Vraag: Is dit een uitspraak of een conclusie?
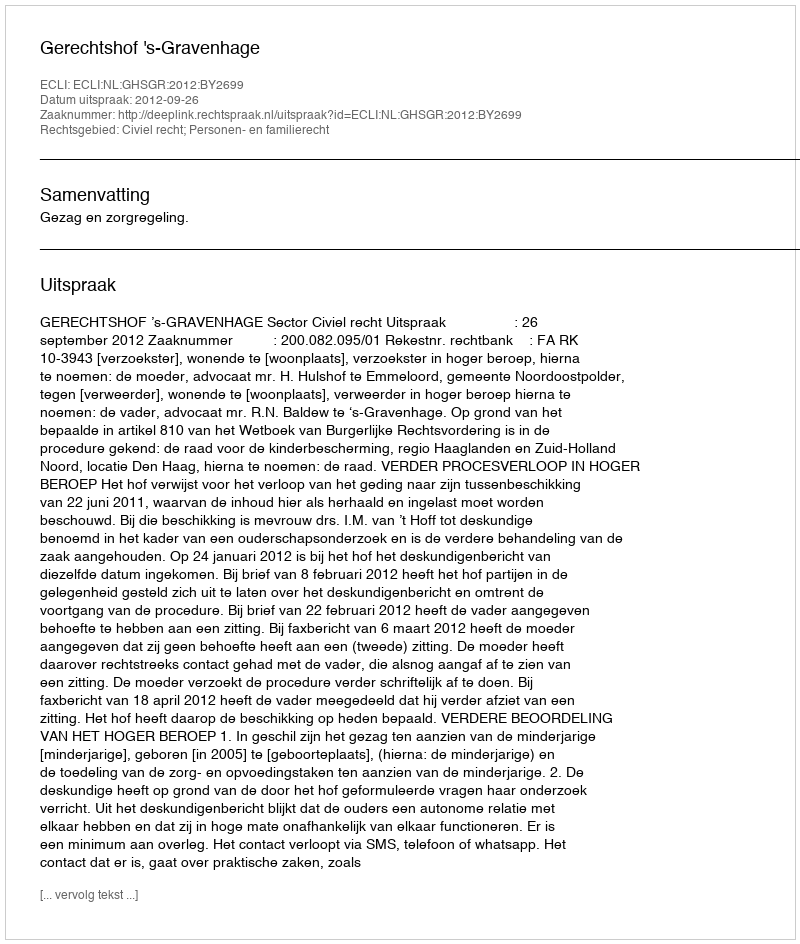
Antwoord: Uitspraak